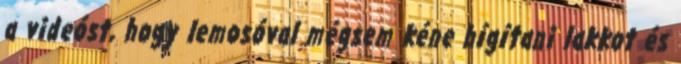
a videóst, hogy lemosóval mégsem kéne hígítani lakkot és